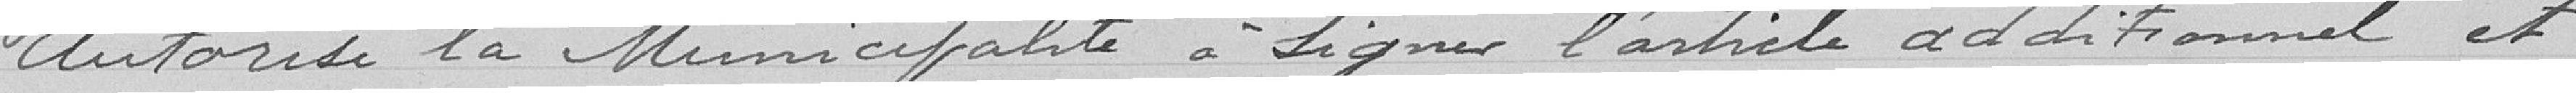
Autorise la Municipalité à signer l'article additionnel et